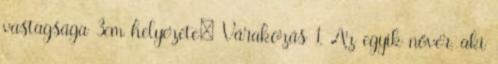
vastagsága 3cm helyezete: Várakozás 1. Az egyik nővér, aki